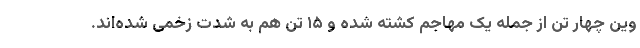
وین چهار تن از جمله یک مهاجم کشته شده و ۱۵ تن هم به شدت زخمی شده‌اند.